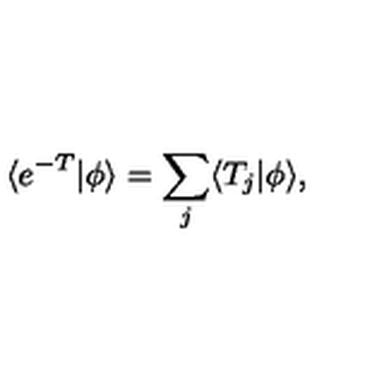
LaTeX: \langle e ^ { - T } | \phi \rangle = \sum _ { j } \langle T _ { j } | \phi \rangle ,